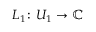
L _ { 1 } \colon U _ { 1 } \to \mathbb { C }